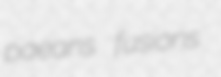
paeans fusions